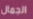
الجمال